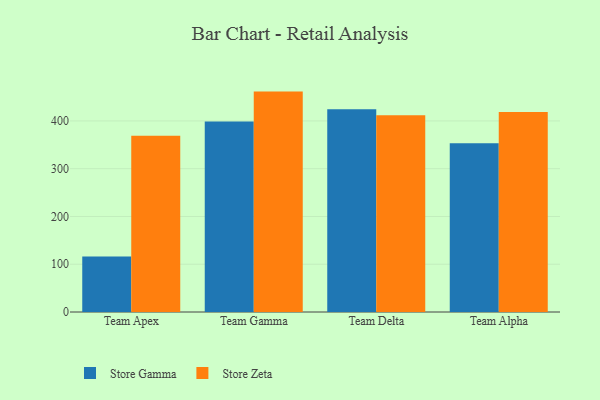
{"axis": {"x": "Team", "y": "Operating Costs (USD K)"}, "legend": ["Store Gamma", "Store Zeta"], "data": [{"x": "Team Apex", "y": 116.0, "type": "Store Gamma"}, {"x": "Team Apex", "y": 369.0, "type": "Store Zeta"}, {"x": "Team Gamma", "y": 398.8, "type": "Store Gamma"}, {"x": "Team Gamma", "y": 461.4, "type": "Store Zeta"}, {"x": "Team Delta", "y": 424.7, "type": "Store Gamma"}, {"x": "Team Delta", "y": 412.1, "type": "Store Zeta"}, {"x": "Team Alpha", "y": 353.4, "type": "Store Gamma"}, {"x": "Team Alpha", "y": 418.9, "type": "Store Zeta"}]}